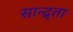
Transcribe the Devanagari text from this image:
सान्द्र्ता